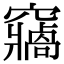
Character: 𥨷